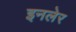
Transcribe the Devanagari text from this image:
इनलेर